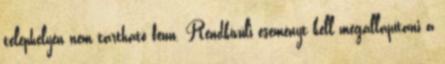
telephelyén nem tartható fenn. Rendkívüli eseményt kell megállapítani a